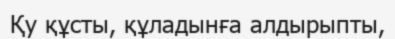
Қу құсты, құладынға алдырыпты,